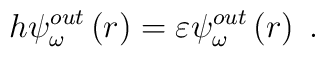
h\psi _{\omega }^{out}\left( r\right) =\varepsilon \psi _{\omega}^{out}\left( r\right) \;.